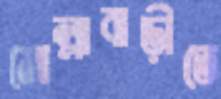
মোল্লাবাড়ীতে